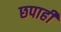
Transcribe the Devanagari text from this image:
छपाही